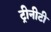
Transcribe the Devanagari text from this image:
ट्रीनीटी